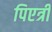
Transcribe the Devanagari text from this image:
पिएत्री